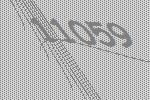
11059